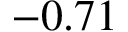
- 0 . 7 1